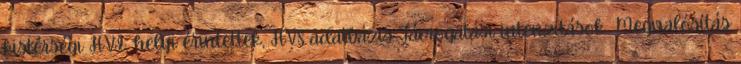
kistérségi HVI, helyi érintettek, HVS adatbázis Támogatási intenzitások ▪Megvalósítás